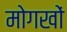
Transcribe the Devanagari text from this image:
मोगखों